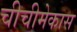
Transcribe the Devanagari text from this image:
चीचीमेकास